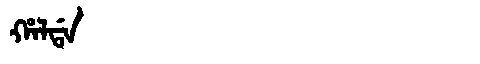
Manchu: ᡥᠠᠯᡩᠠ
Romanization: HALDA